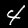
Label: 4